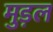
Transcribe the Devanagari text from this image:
मुड़ल